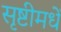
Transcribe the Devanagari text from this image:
सृष्टीमधें